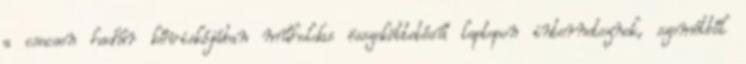
a csecsen hadúr kőviskójában műholdas összeköttetésű laptopon interneteznek, szemétből